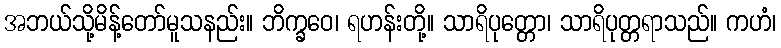
အဘယ်သို့မိန့်တော်မူသနည်း။ ဘိက္ခဝေ၊ ရဟန်းတို့။ သာရိပုတ္တော၊ သာရိပုတ္တရာသည်။ ကဟံ၊